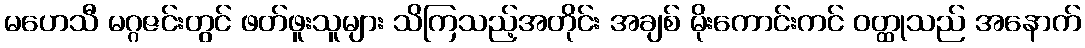
မဟေသီ မဂ္ဂဇင်းတွင် ဖတ်ဖူးသူများ သိကြသည့်အတိုင်း အချစ် မိုးကောင်းကင် ဝတ္ထုသည် အနောက်